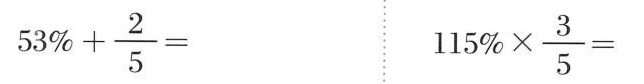
$$5 3 % + \frac { 2 } { 5 }=$$ $$1 1 5